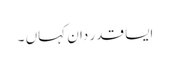
ایسا قدر دان کہاں ۔